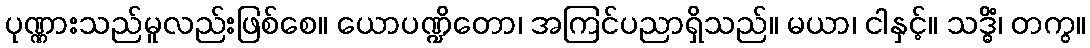
ပုဏ္ဏားသည်မူလည်းဖြစ်စေ။ ယောပဏ္ဍိတော၊ အကြင်ပညာရှိသည်။ မယာ၊ ငါနှင့်။ သဒ္ဓိံ၊ တကွ။